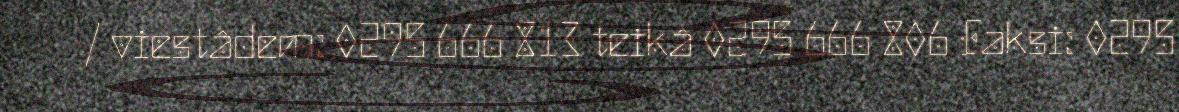
/ viestâdem: 0295 666 813 teikâ 0295 666 806 Faksi: 0295